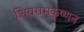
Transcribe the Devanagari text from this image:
शिवरामकॄष्णन